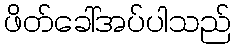
ဖိတ်ခေါ်အပ်ပါသည်